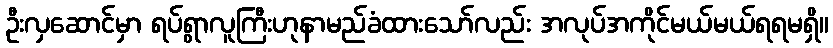
ဦးလှဆောင်မှာ ရပ်ရွာလူကြီးဟုနာမည်ခံထားသော်လည်း အလုပ်အကိုင်မယ်မယ်ရရမရှိ။